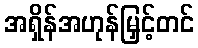
အရှိန်အဟုန်မြှင့်တင်